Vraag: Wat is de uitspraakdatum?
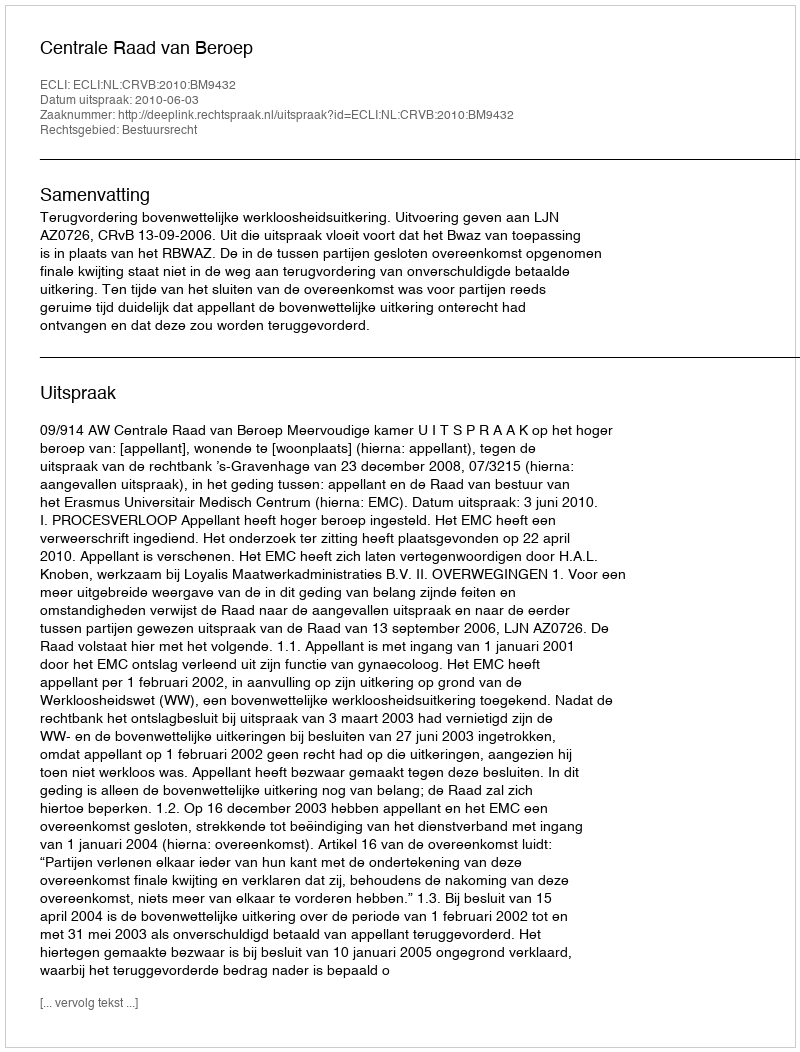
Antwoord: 2010-06-03